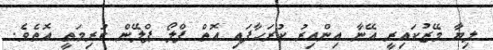
ލިޔާ މޭޒުކައިރީ އޭނާ އިންއިރު ކުރަހާފައި އޮތް ފްލޯ ޕްލޭން ކުރިމަތީ އޮތެވެ.